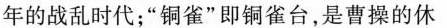
年的战乱时代；”铜雀”即铜雀台，是曹操的休